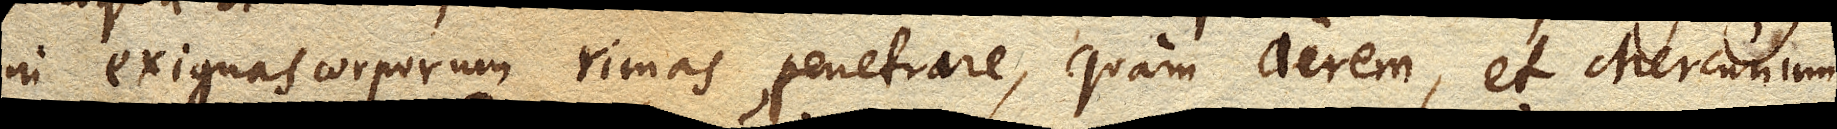
in exiguas corporum rimas penetrare, quam aerem, et Mercurium